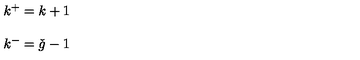
\begin{array} { l } { k ^ { + } = k + 1 } \\ { \ } \\ { k ^ { - } = \check { g } - 1 } \\ \end{array}